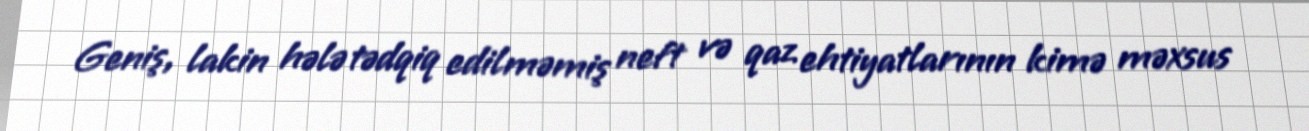
Geniş, lakin hələ tədqiq edilməmiş neft və qaz ehtiyatlarının kimə məxsus